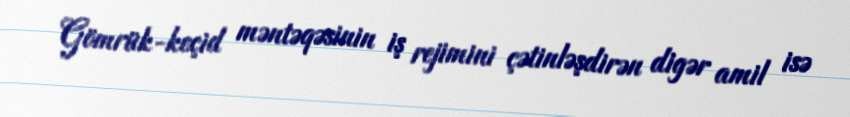
Gömrük-keçid məntəqəsinin iş rejimini çətinləşdirən digər amil isə